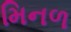
મિનળ